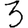
Digit: 3